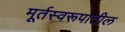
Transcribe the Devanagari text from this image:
मूर्तस्वरूपातील